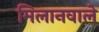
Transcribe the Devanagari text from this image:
मिलानवाले